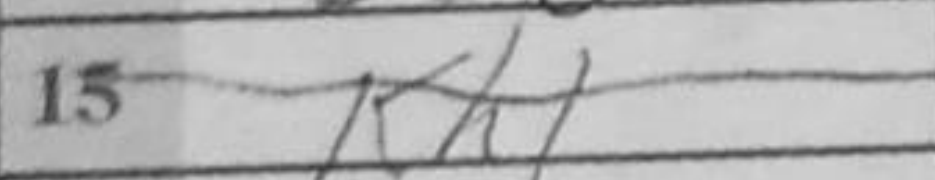
Transcription: Kh1